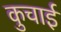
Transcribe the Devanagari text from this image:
कुचार्इ